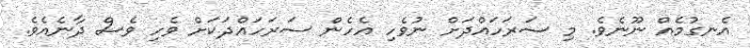
އެނގުމެއް ނޫނެވެ. މި ސަރަހައްދަށް ނުވެހި އެހެން ސަރަހައްދަކަށް ވެހި ވެސް ދާނެއެވެ.